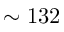
\sim 1 3 2